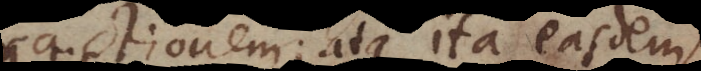
ttractionem; atque ita easdem